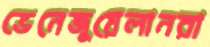
ভেনেজুয়েলানরা